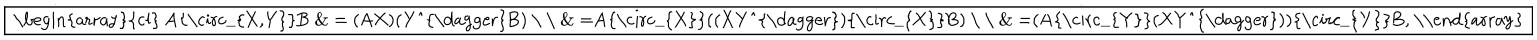
LaTeX: \fbox { \begin{array} { c l } { { A { \circ _ { X , Y } } B } } & { { = ( A X ) ( Y ^ { \dagger } B ) } } \\ { { } } & { { = A { \circ _ { X } } ( ( X Y ^ { \dagger } ) { \circ _ { X } } B ) } } \\ { { } } & { { = ( A { \circ _ { Y } } ( X Y ^ { \dagger } ) ) { \circ _ { Y } } B , } } \\ \end{array} }